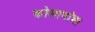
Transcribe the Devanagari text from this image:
कोलामांचा